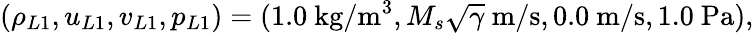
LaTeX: (\rho_{L1},u_{L1},v_{L1},p_{L1})=(1.0\mathrm{~kg}/\mathrm{m}^{3},M_{s}\sqrt{\gamma}\mathrm{~m}/\mathrm{s},0.0\mathrm{~m}/\mathrm{s},1.0\mathrm{~Pa}),